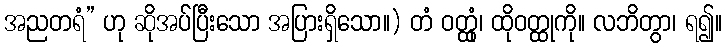
အညတရံ” ဟု ဆိုအပ်ပြီးသော အပြားရှိသော။) တံ ဝတ္ထုံ၊ ထိုဝတ္ထုကို။ လဘိတွာ၊ ရ၍။